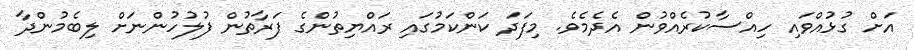
އަށް ގުޅުއްވައި ހިއްސާކުރެއްވުން އެދެމެވެ. މިފަދަ ކަންކަމުގައި ރައްޔިތުންގެ ފަރާތުން ފުލުހުންނަށް ލިބެމުންދާ